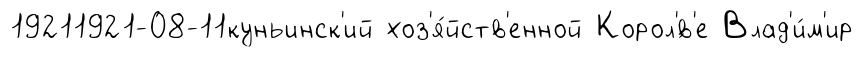
19211921-08-11куньинск'ий хоз'я́йств'енной Корол'́в'е Влад'и́м'ир